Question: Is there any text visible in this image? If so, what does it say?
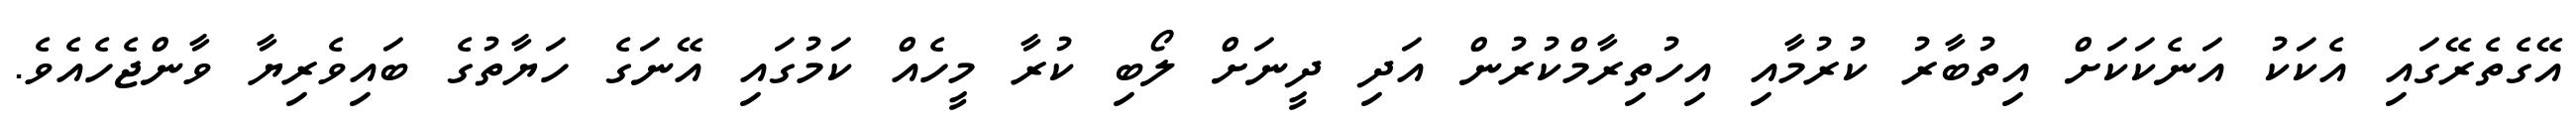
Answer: އޭގެތެރޭގައި އެކަކު އަނެކަކަށް އިތުބާރު ކުރުމާއި އިހުތިރާމްކުރުން އަދި ދީނަށް ލޯބި ކުރާ މީހެއް ކަމުގައި އޭނަގެ ހަޔާތުގެ ބައިވެރިޔާ ވާންޖެހެއެވެ.